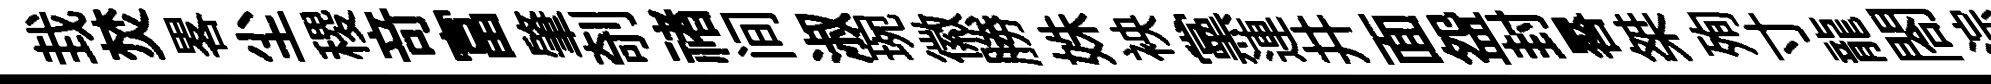
㘽焚畧尘稷竒富肇剞禇间淑琬徽勝姝䘧黨連井面盌封晷桀殉寸龍閤淙